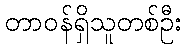
တာဝန်ရှိသူတစ်ဦး